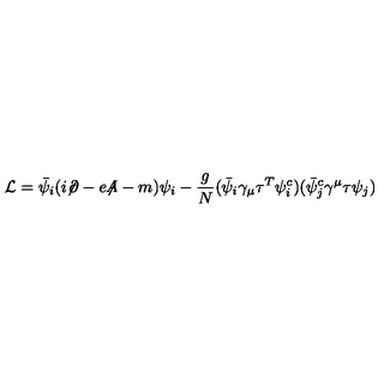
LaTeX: { \cal L } = \bar { \psi } _ { i } ( i { \not \! \partial } - e { \not \! \! A } - m ) \psi _ { i } - \frac { g } { N } ( \bar { \psi } _ { i } \gamma _ { \mu } \tau ^ { T } \psi _ { i } ^ { c } ) ( \bar { \psi } _ { j } ^ { c } \gamma ^ { \mu } \tau \psi _ { j } )